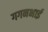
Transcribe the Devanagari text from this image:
गगनभाई